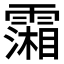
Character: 𩅪